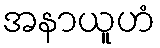
အနာယူဟံ